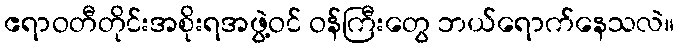
ဧရာဝတီတိုင်းအစိုးရအဖွဲ့ဝင် ဝန်ကြီးတွေ ဘယ်ရောက်နေသလဲ။